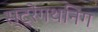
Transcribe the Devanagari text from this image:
स्ट्रेंगथनिंग